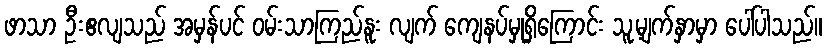
ဖာသာ ဦးဧလျသည် အမှန်ပင် ဝမ်းသာကြည်နူး လျက် ကျေနပ်မှုရှိကြောင်း သူ့မျက်နှာမှာ ပေါ်ပါသည်။